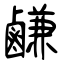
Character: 鹻